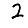
Digit: 2